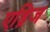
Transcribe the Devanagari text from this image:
एड्रिज